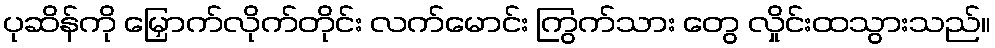
ပုဆိန်ကို မြှောက်လိုက်တိုင်း လက်မောင်း ကြွက်သား တွေ လှိုင်းထသွားသည်။